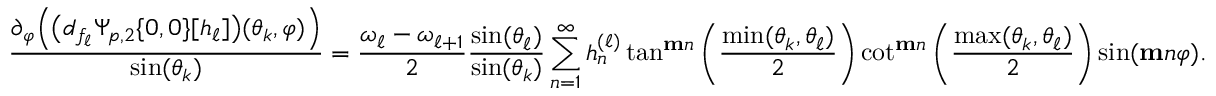
\frac { \partial _ { \varphi } \Big ( \big ( d _ { f _ { \ell } } \Psi _ { p , 2 } \{ 0 , 0 \} [ h _ { \ell } ] \big ) ( \theta _ { k } , \varphi ) \Big ) } { \sin ( \theta _ { k } ) } = \frac { \omega _ { \ell } - \omega _ { \ell + 1 } } { 2 } \frac { \sin ( \theta _ { \ell } ) } { \sin ( \theta _ { k } ) } \sum _ { n = 1 } ^ { \infty } h _ { n } ^ { ( \ell ) } \tan ^ { \mathbf { m } n } \left( \frac { \operatorname* { m i n } ( \theta _ { k } , \theta _ { \ell } ) } { 2 } \right) \cot ^ { \mathbf { m } n } \left( \frac { \operatorname* { m a x } ( \theta _ { k } , \theta _ { \ell } ) } { 2 } \right) \sin ( \mathbf { m } n \varphi ) .